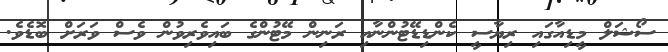
ސޯޝަލް މީޑިއާގައި ރިޔާސީ ކެންޑިޑޭޓުންނާއި ރަނިން މޭޓުންގެ ބައިވެރިވުން ވެސް ވަރަށް ބޮޑެވެ.